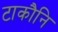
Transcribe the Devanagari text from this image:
टाकौनि